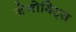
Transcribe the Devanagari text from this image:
जेनोविट्स